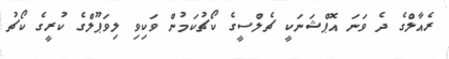
ރެއާލްގެ ދެ ވަނަ އޮޕްޝަނަކީ ޗެލްސީގެ ކޯޗުކަމުން ވަކިވި ލިވަޕޫލްގެ ކުރީގެ ކޯޗު